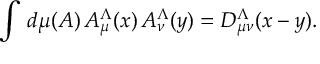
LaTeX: \int \, d \mu ( A ) \, A _ { \mu } ^ { \Lambda } ( x ) \, A _ { \nu } ^ { \Lambda } ( y ) = D _ { \mu \nu } ^ { \Lambda } ( x - y ) .